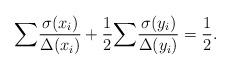
LaTeX: \begin{align*}{\sum} \frac{\sigma(x_i)}{\Delta(x_i)}+\frac{1}{2}{\sum}\frac{\sigma(y_i)}{\Delta(y_i)}= \frac{1}{2}.\end{align*}